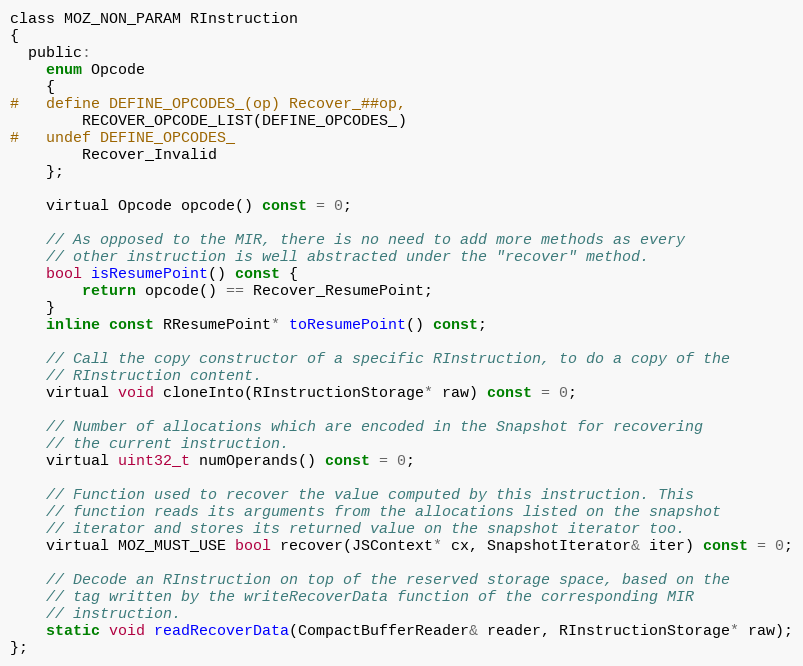
Language: C
class MOZ_NON_PARAM RInstruction
{
  public:
    enum Opcode
    {
#   define DEFINE_OPCODES_(op) Recover_##op,
        RECOVER_OPCODE_LIST(DEFINE_OPCODES_)
#   undef DEFINE_OPCODES_
        Recover_Invalid
    };

    virtual Opcode opcode() const = 0;

    // As opposed to the MIR, there is no need to add more methods as every
    // other instruction is well abstracted under the "recover" method.
    bool isResumePoint() const {
        return opcode() == Recover_ResumePoint;
    }
    inline const RResumePoint* toResumePoint() const;

    // Call the copy constructor of a specific RInstruction, to do a copy of the
    // RInstruction content.
    virtual void cloneInto(RInstructionStorage* raw) const = 0;

    // Number of allocations which are encoded in the Snapshot for recovering
    // the current instruction.
    virtual uint32_t numOperands() const = 0;

    // Function used to recover the value computed by this instruction. This
    // function reads its arguments from the allocations listed on the snapshot
    // iterator and stores its returned value on the snapshot iterator too.
    virtual MOZ_MUST_USE bool recover(JSContext* cx, SnapshotIterator& iter) const = 0;

    // Decode an RInstruction on top of the reserved storage space, based on the
    // tag written by the writeRecoverData function of the corresponding MIR
    // instruction.
    static void readRecoverData(CompactBufferReader& reader, RInstructionStorage* raw);
};